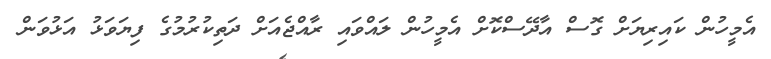
އެމީހުން ކައިރިޔަށް ގޮސް އާދޭސްކޮށް އެމީހުން ލައްވައި ރާއްޖެއަށް ދަތިކުރުމުގެ ފިޔަވަޅު އަޅުވަން